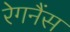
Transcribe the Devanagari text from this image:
रेगनैंस